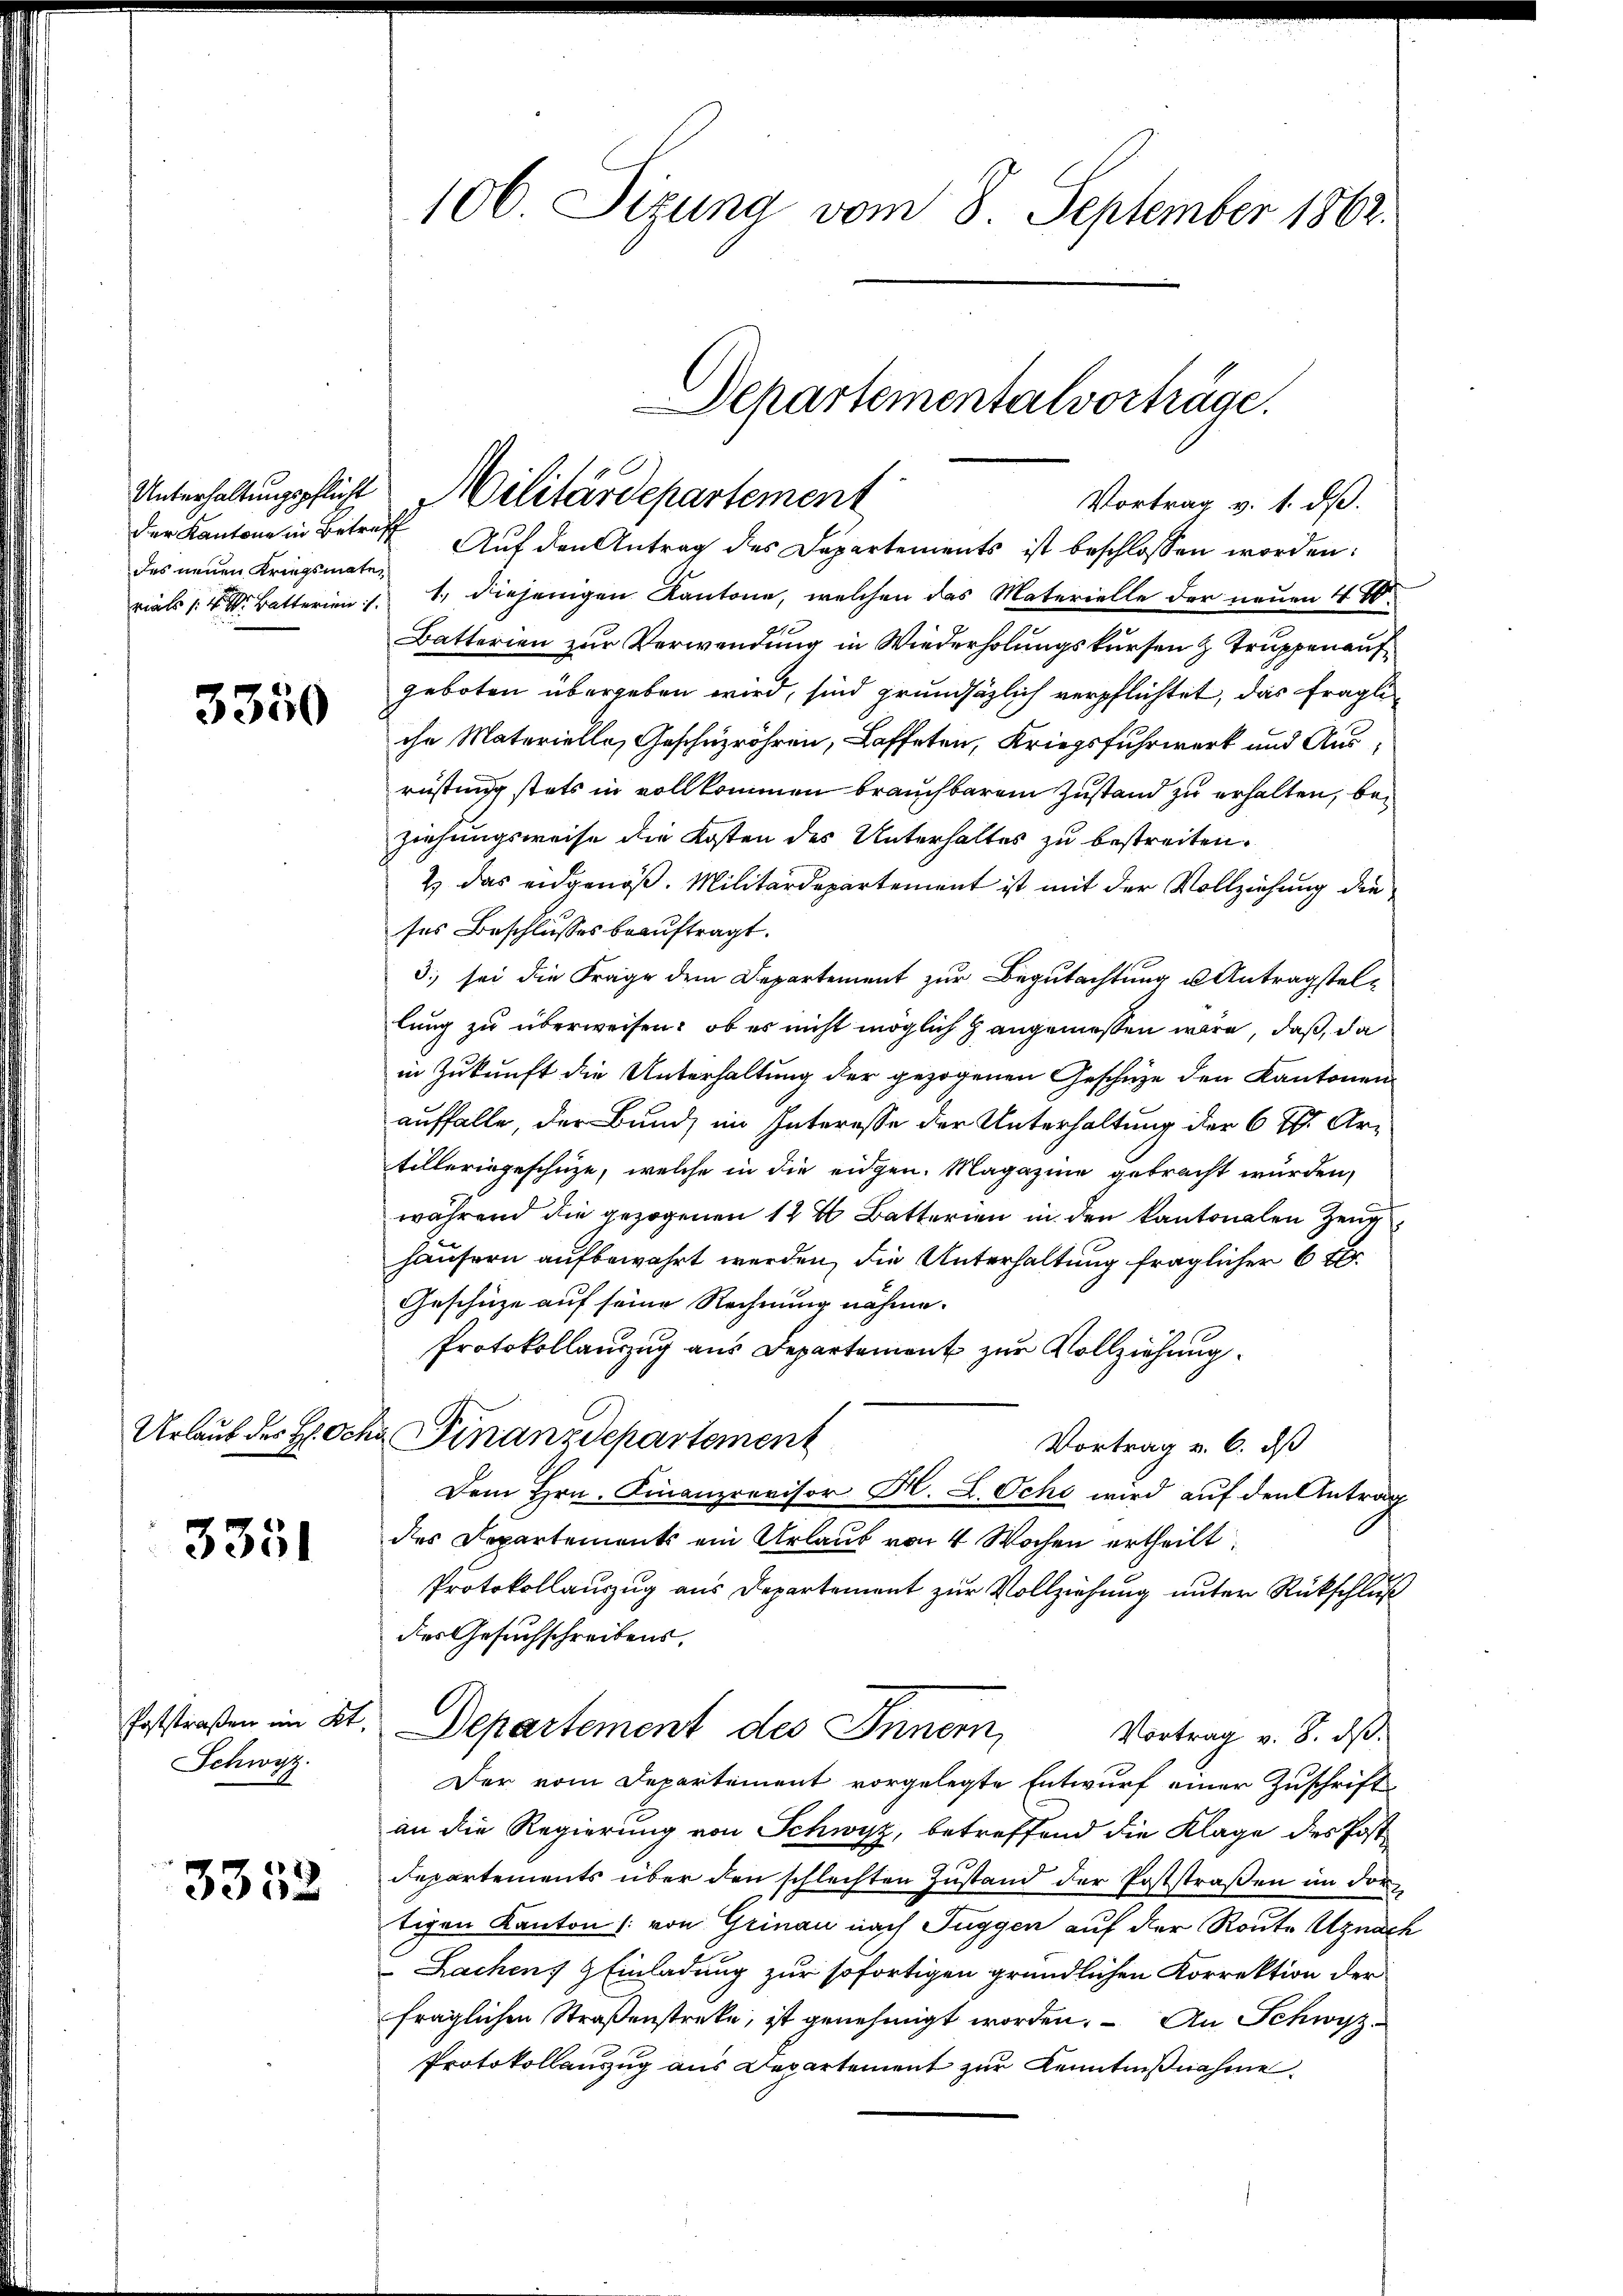
der Kantone in Betreff
des neuen Kriegsmate,

3350

Urlaub des H. Och

3351

Schwyz.

3352

106. Sizung vom 8. September 1862.

Auf den Antrag des Departements ist beschlossen worden:
rials 4 Batterien: 1. diejenigen Kantone, welchen das Materielle der neuen 480.
Batterien zur Verwendung in Wiederholungskursen & Truppen auf
geboten übergeben wird, sind grundsätzlich verpflichtet, das fragli
che Materielle, Geschüzröhren, Laffeten, Kriegsfuhrwerk und Ausrüstung stets in vollkommen brauchbarem Zustand zu erhalten, beziehungsweise die Kosten des Unterhaltes zu bestreiten.
2) das eidgenöß. Militärdepartement ist mit der Vollziehung die
ses Beschlusses beauftragt.
3. sei die Frage dem Departement zur Begutachtung u Antragstellung zu überweisen: ob es nicht möglich angemessen wäre, daß, da
in Zukunft die Unterhaltung der gezogenen Geschüze den Kantonen
auffalle, der Bund im Interesse der Unterhaltung der 6 f. Artilleringeschüze, welche in die eidgen. Magazine gebracht wurden,
während die gezogenen 14 % Batterien in den kantonalen Zeug
häusern aufbewahrt werden, die Unterhaltung fraglicher 6 f
Geschüze auf seine Rechnung nähme.
Protokollauszug aus Departement zur Vollziehung
 Finanzdepartement
Vortrag u. 6. daß
Dem Hrn. Finanzrovisor H. L. Ocht wird auf den Antrag
des Departements ein Urlaub von 4 Wochen ertheilt:
Protokollauszug aus Departement zur Vollziehung unter Rückschluß
des Gesuchschreibens,
Poststraßen im St. Departement des Innern,
Vortrag v. 8. ds.
Der vom Departement vorgelegte Entwurf einer Zuschrift
an die Regierung von Schwyz, betreffend die Klage des Post¬
Departements über den schlechten Zustand der Poststraßen im dortigen Kanton (: von Grinau nach Fuggen auf der Route Anal
Rachen, 4 Einladung zur sofortigen gründlichen Korrektion der
fraglichen Straßenstreke, ist genehmigt worden. – An Schwyz¬
Protokollanzug aus Departement zur Kenntnißnahme

Departementalvorträge.
Unterhaltungspflicht Militärdepartement
Vortrag v. 1. dß.